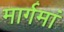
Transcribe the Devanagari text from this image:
मार्गमां